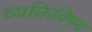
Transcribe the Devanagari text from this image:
व्यक्तिविषय